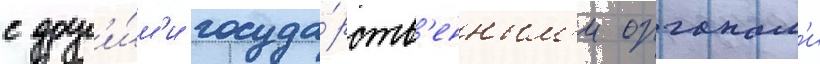
с друг'и́м'и госуда́рств'енным'и органам'и